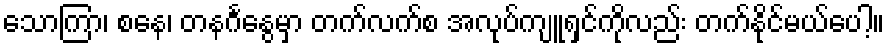
သောကြာ၊ စနေ၊ တနင်္ဂနွေမှာ တက်လက်စ အလုပ်ကျူရှင်ကိုလည်း တက်နိုင်မယ်ပေါ့။